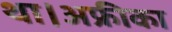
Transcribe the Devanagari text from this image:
था।अफ्रीका